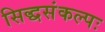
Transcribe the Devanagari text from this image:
सिद्धसंकल्पः